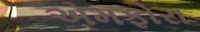
એમફોરા